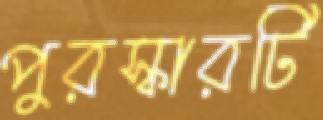
পুরস্কারটি